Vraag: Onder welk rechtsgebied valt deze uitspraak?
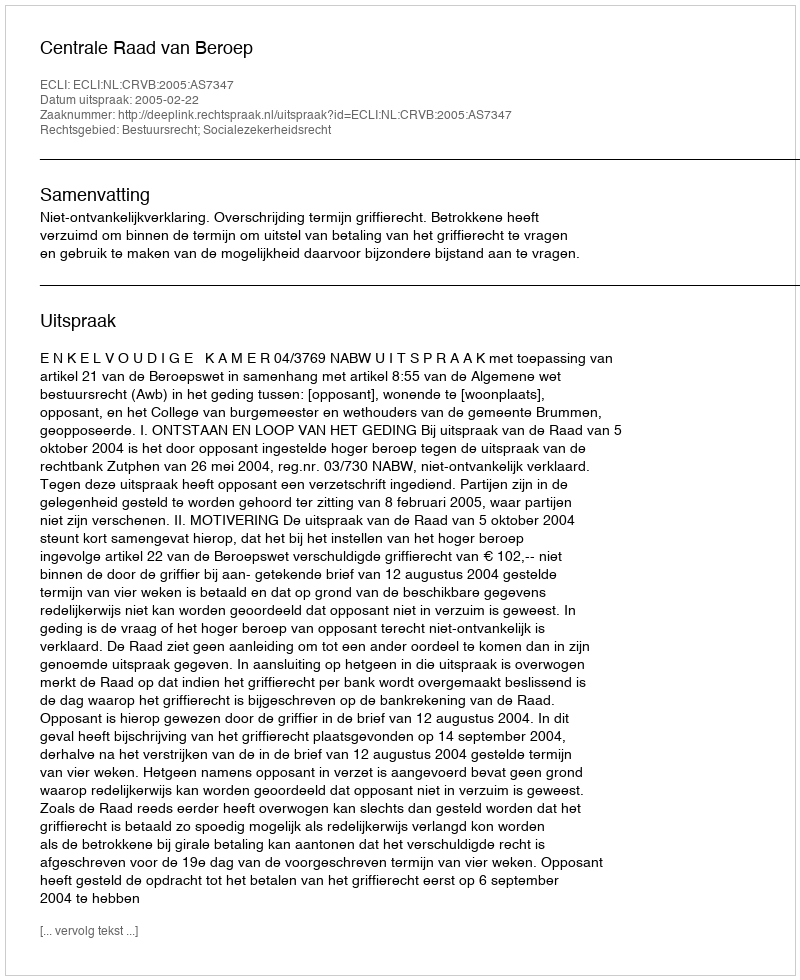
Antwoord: Bestuursrecht; Socialezekerheidsrecht